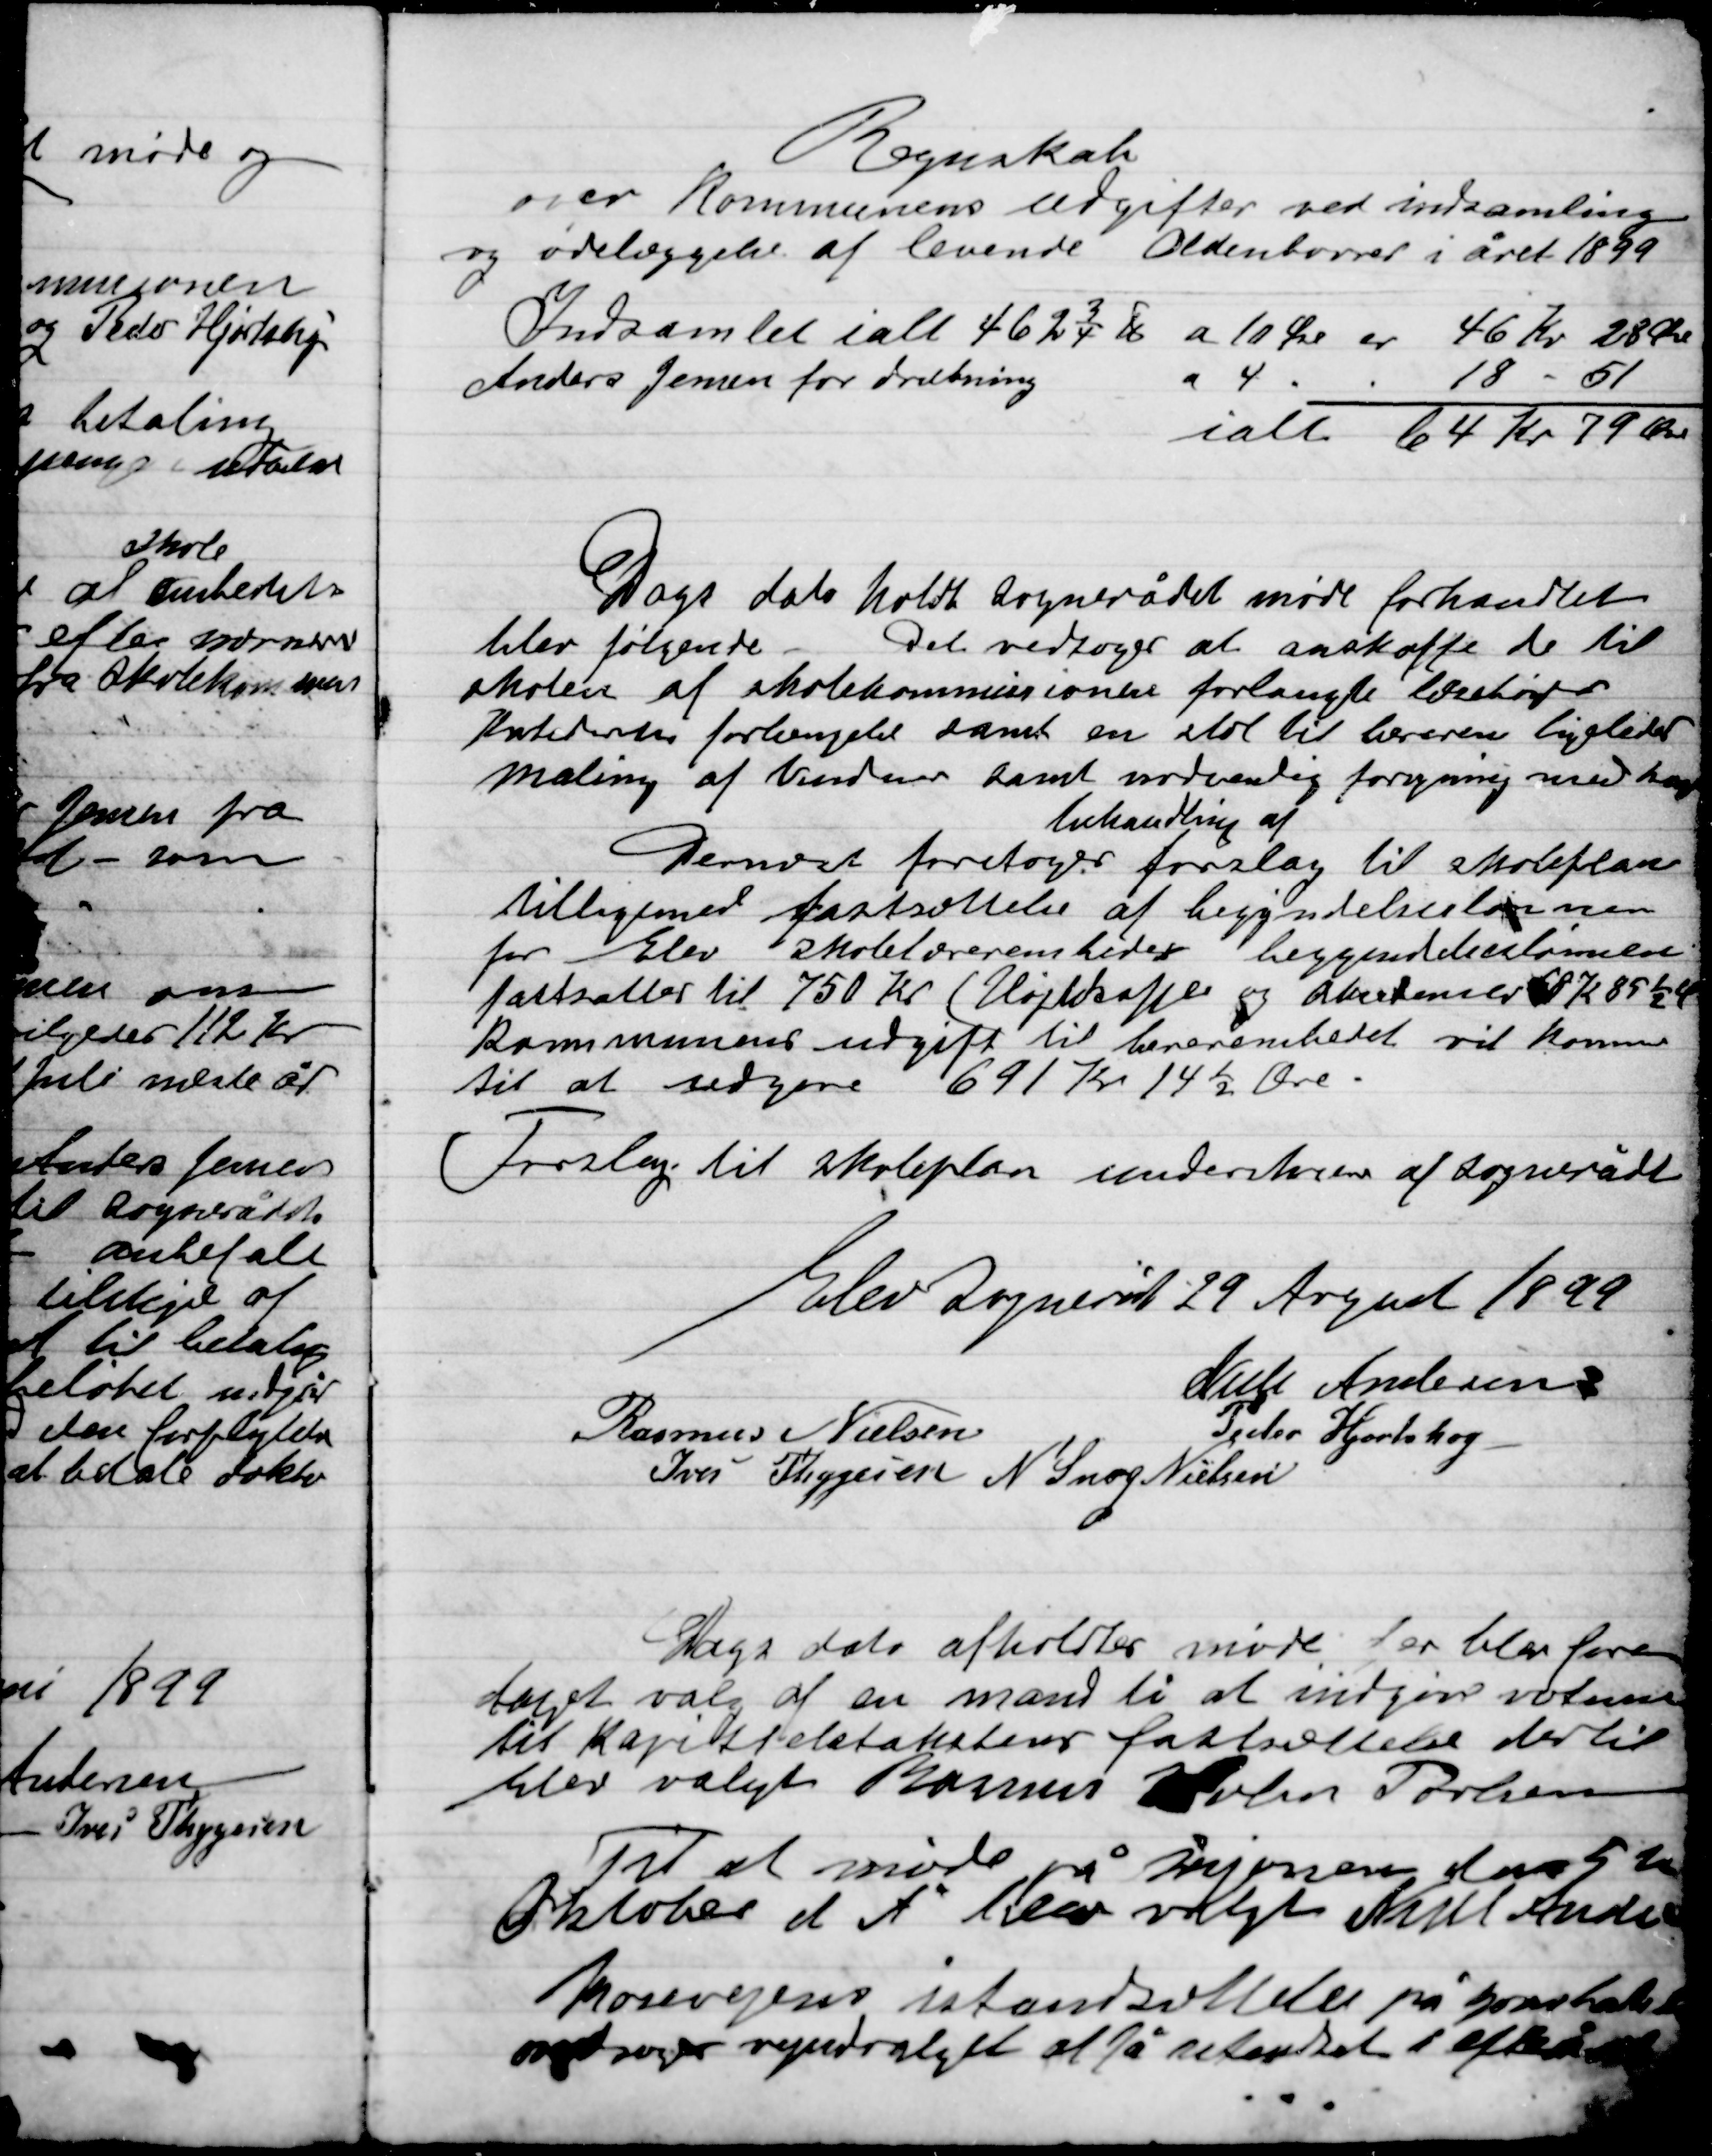
Transskription:
Regnskab
over Kommunens udgifter ved indsamling
og ødelæggelse af levende Oldenborrer i året 1899

Dags dato holdt Sognerådet møde forhandlet
blev følgende.
Det vedtoges at anskaffe de til
skolen af skolekommissionen forlangte lærebøger
katederet forlængelse samt en stol til læreren ligeledes
maling af Vinduer samt nødvendig forsyning med

behandling af
Dernæst foretoges forslag til Skoleplan
tilligemed fastsættelse begyndelseslønnen
for Elev Skolelærerembede begyndelseslønnen
fastsættes til 750 Kr. (Højtskaffes og Akrskenslev til Kr. 85½ u
Kommunens udgift til lærerembedet vil komme
til at udgøre 691 Kr. 14 Øre
Forslag til skoleplan underskrevet af Sognerådet

Elev Sogneråd 29 august 1899

Niels Andersen
Rasmus Nielsen
Peder Hjortshøj
Ivar Thygesen
N. Snog Nielsen

Dags dato afholdt møde der blev fore-
taget valg af en mand til at indgive votum
til Kapitalestaksteres fastsættelse dertil
blev valgt Rasmus Holm Poulsen

Til at møde på vejvæsen den 5de
Oktober d. A. blev valgt Niels Andersen
 Mosevejen istandsættelse på grundlag
 søger vejudvalget at få restaureret i efteråret